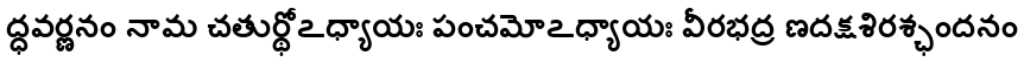
ద్ధవర్ణనం నామ చతుర్థోఽధ్యాయః పంచమోఽధ్యాయః వీరభద్ర ణదక్షశిరశ్ఛందనం